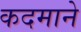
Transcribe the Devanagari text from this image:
कदमाने